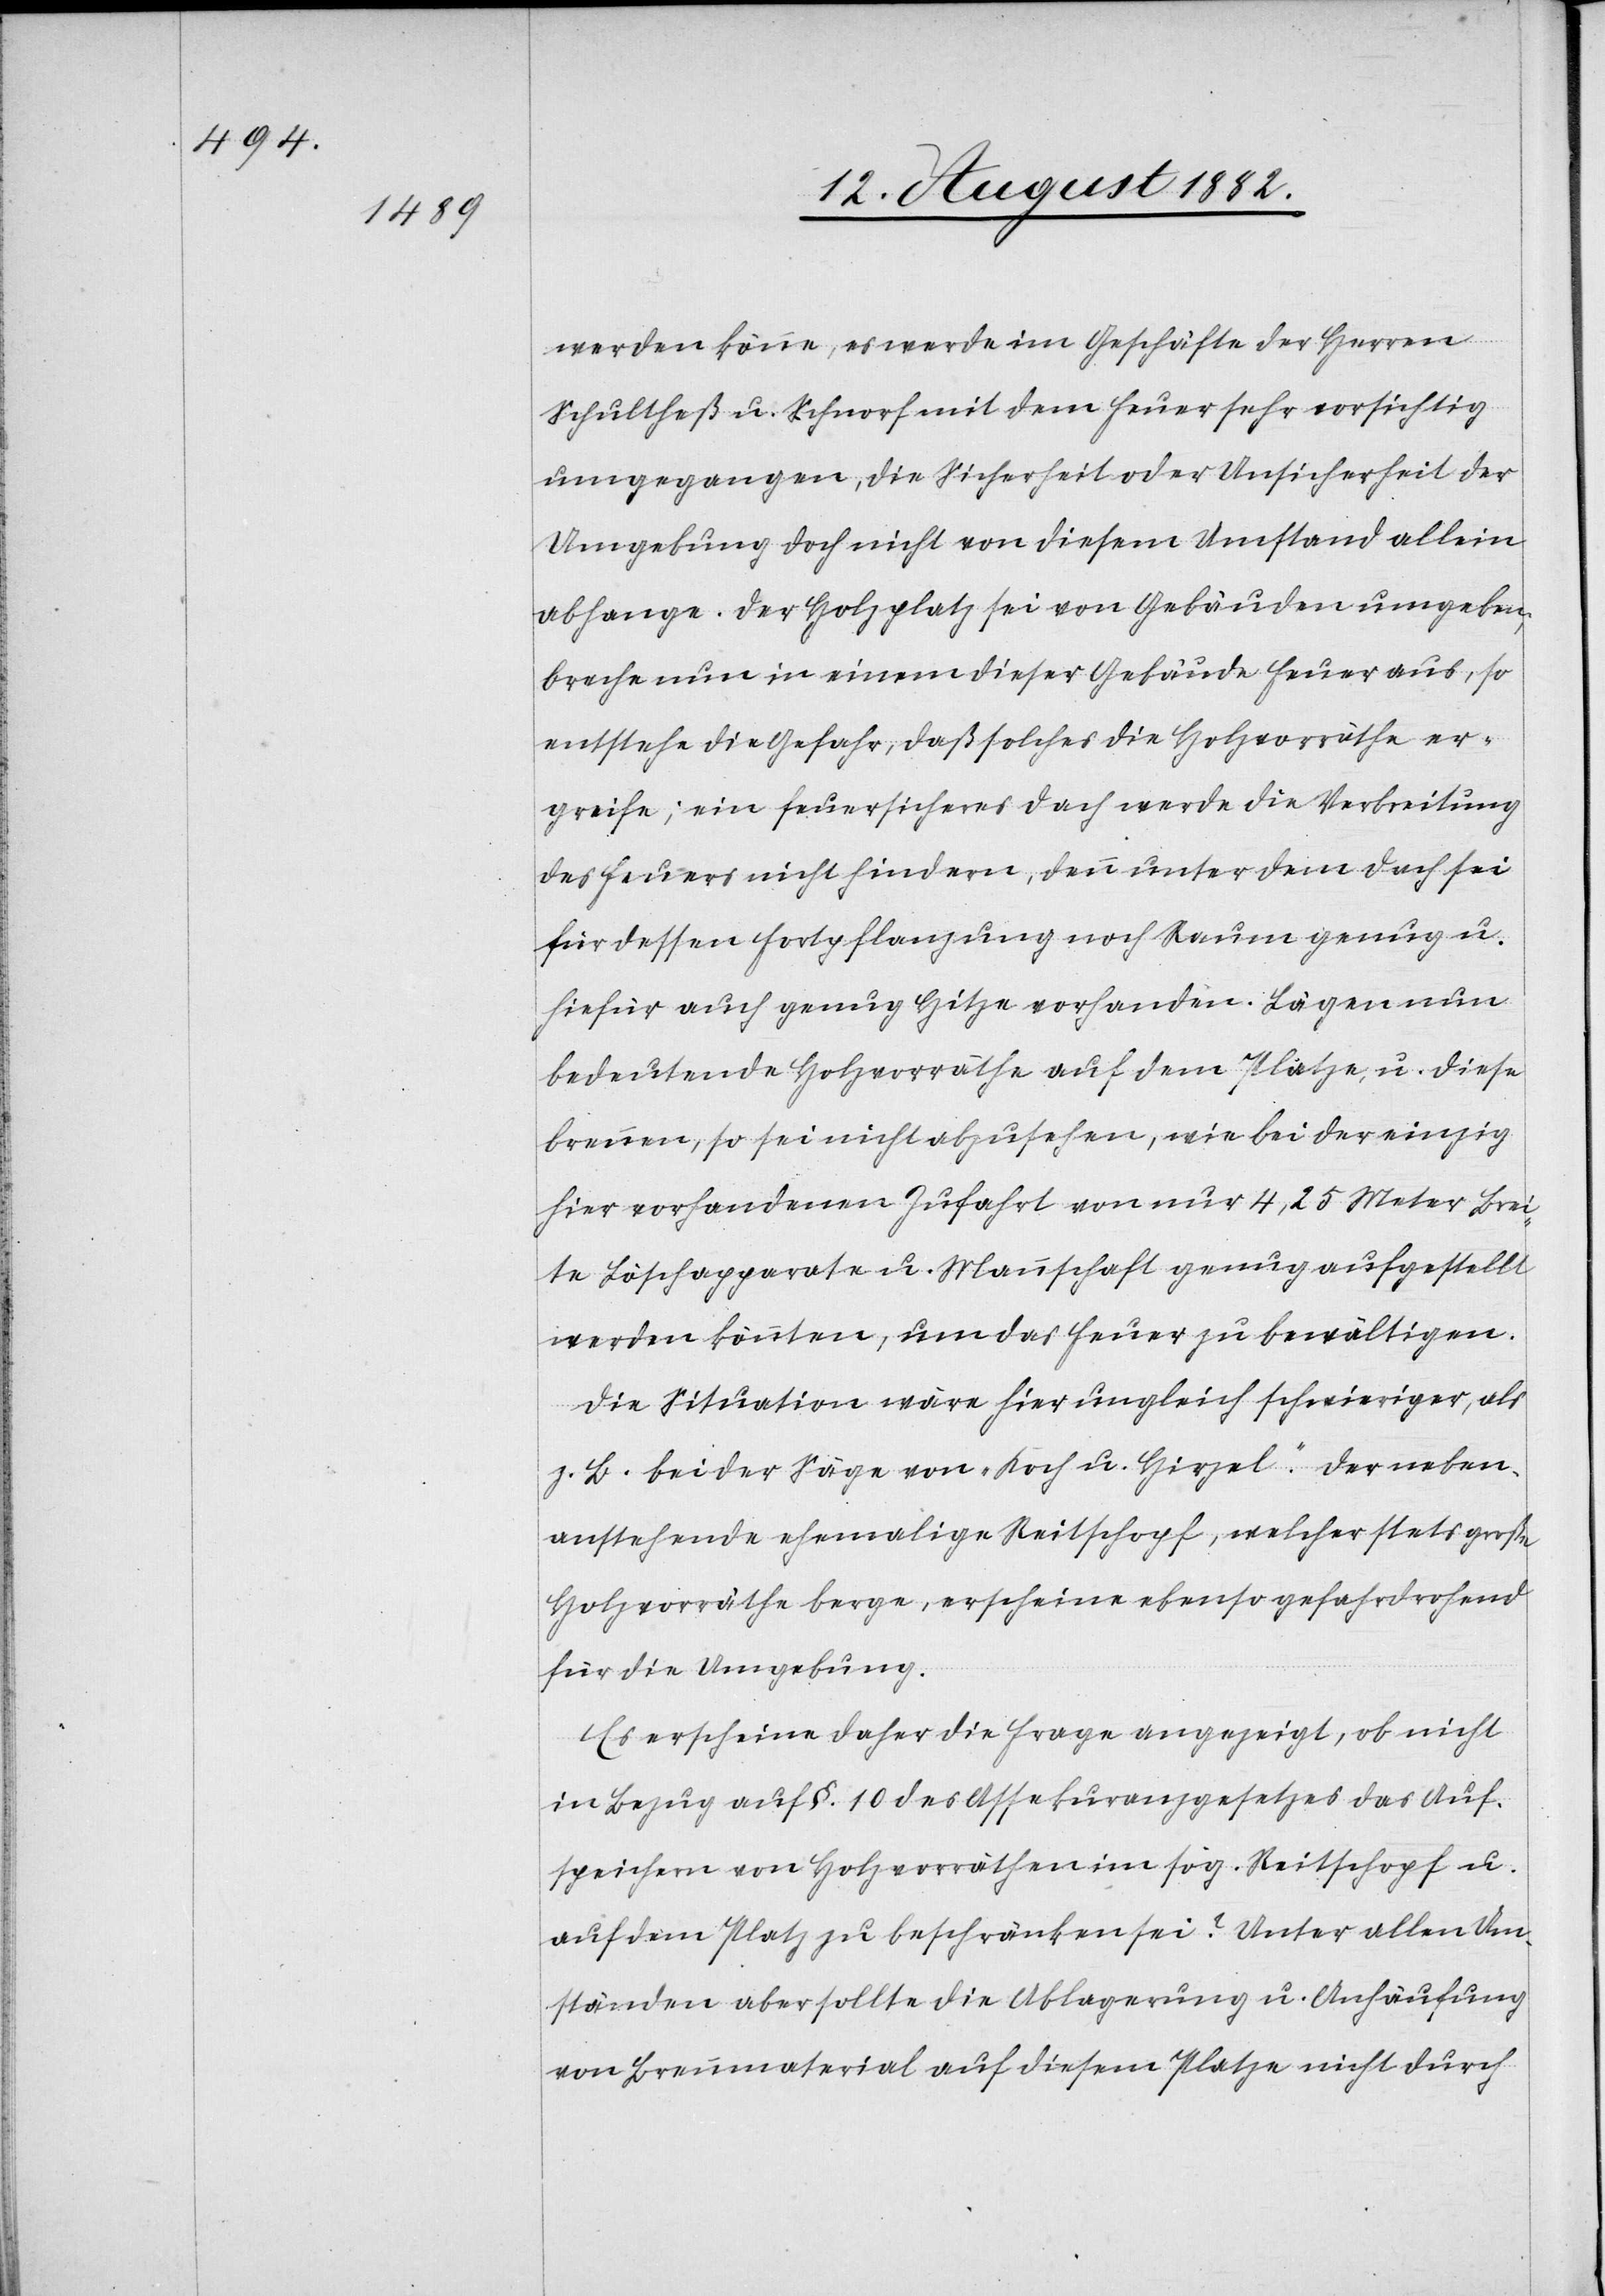
werden könne, es werde im Geschäfte der Herren
Schultheß u. Schnorf mit dem Feuer sehr vorsichtig
umgegangen, die Sicherheit oder Unsicherheit der
Umgebung doch nicht von diesem Umstand allein
abhange. Der Holzplatz sei von Gebäuden umgeben,
breche nun in einem dieser Gebäude Feuer aus, so
entstehe die Gefahr, daß solches die Holzvorräthe er¬
greife; ein feuersicheres Dach werde die Verbreitung
des Feuers nicht hindern, denn unter dem Dach sei
für dessen Fortpflanzung noch Raum genug u.
hiefür auch genug Hitze vorhanden. Lägen nun
bedeutende Holzvorräthe auf dem Platze u. diese
brennen, so sei nicht abzusehen, wie bei der einzig
hier vorhandenen Zufahrt von nur 4,25 Meter Brei¬
te Löschapparate u. Mannschaft genug aufgestellt
werden könnten, um das Feuer zu bewältigen.
Die Situation wäre hier ungleich schwieriger, als
z. B. bei der Säge von „Koch & Hirzel“. Der neben¬
anstehende ehemalige Reitschopf, welcher stets große
Holzvorräthe berge, erscheine ebenso gefahrdrohend
für die Umgebung.
Es erscheine daher die Frage angezeigt, ob nicht
in Bezug auf §. 10 des Assekuranzgesetzes das Auf¬
speichern von Holzvorräthen zu beschränken sei? Unter
Umständen aber sollte die Ablagerung u. Anhäufung
von Brennmaterial auf diesem Platze nicht durch